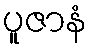
ပူဇာနံ